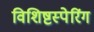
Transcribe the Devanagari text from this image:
विशिष्टस्पेरिंग